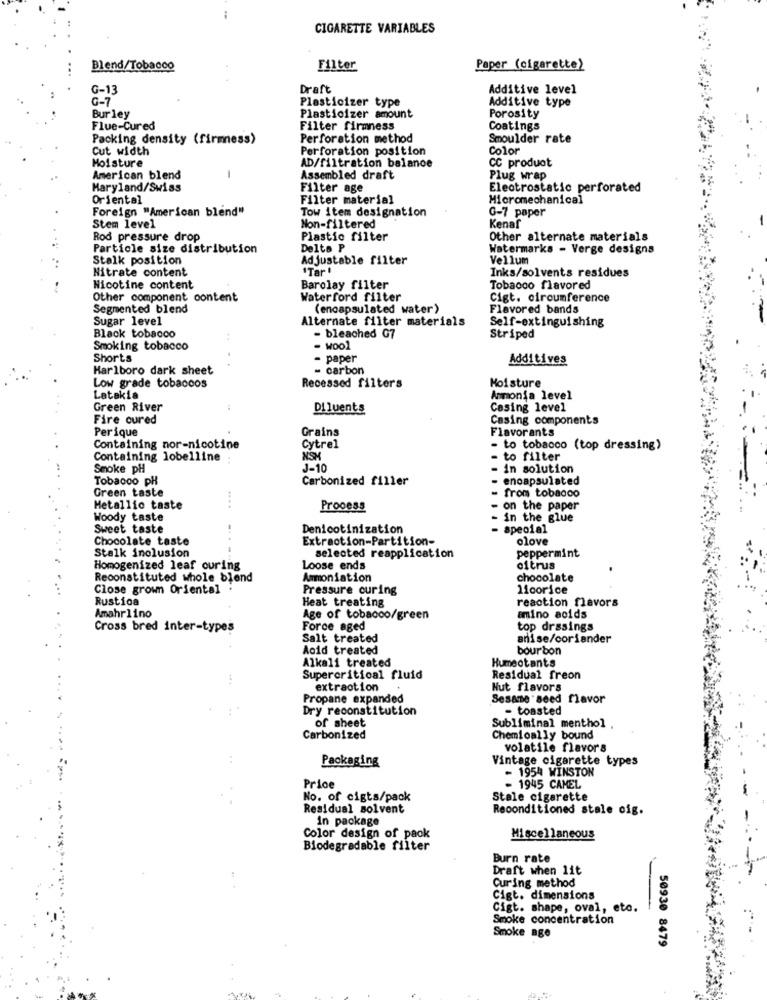
CIGARETTE VARIABLES
Blend/Tobacco
Filter
Paper (cigarette)
G-13
Draft
Additive level
G-7
Additive type
Plasticizer type
Bur ley
Plasticizer amount
Porosity
Flue-Cured
Filter firmness
Coatings
Packing density (firmness)
Perforation method
Smoulder rate
Cut width
Perforation position
Color
Moisture
AD/filtration balance
CC produot
American blend
-
Assembled draft
Plug wrap
Maryland/Swiss
Filter age
Electrostatic perforated
Oriental
Filter material
Micromechanical
Foreign "American blend"
Tow item designation
G-7 paper
Kenar
Stem level
Non-filtered
Rod pressure drop
Plastic filter
Other alternate materials
Particle size distribution
Delta P
Watermarks - Verge designs
Stalk position
Adjustable filter
Vel lum
Nitrate content
"Tar"
Inks/solvents residues
Nicotine content
Barolay filter
Tobacco flavored
Other component content
Waterford filter
Cigt. circumference
Segmented blend
(encapsulated water)
Flavored bands
Sugar level
Alternate filter materials
- bleached G7
Self-extinguishing
Black tobacco
Striped
Smoking tobacco
- Wool
Shorts
- paper
Additives
Marlboro dark sheet
- carbon
Low grade tobaccos
Recessed filters
Moisture
Latakia
Ammonia level
Green River
Di luents
Casing level
Fire cured
Casing components
Perique
Grains
Flavorants
Containing nor-nicotine
Cytrel
- to tobacco (top dressing)
Containing lobelline
- to filter
Smoke pH
J-10
- in solution
Tobacco pH
Carbonized filler
encapsulated
Green taste
- from tobadoo
Metallic taste
....
Process
on the paper
Woody taste
in the glue
Sweet taste
Denicotinization
special
Chocolate taste
Extraction-Partition-
olove
Stalk inclusion
....
selected reapplication
peppermint
Homogenized leaf ouring
Loose ends
citrus
Reconstituted whole blend
Ammoniation
chocolate
Close grown Oriental :
Pressure curing
licorice
Rustica
Heat treating
reaction flavors
Amahrlino
Age of tobacco/green
amino acids
Cross bred inter-types
Force aged
top drssings
Salt treated
anise/coriander
Acid treated
bourbon
Alkali treated
Humectants
.. +
Supercritical fluid
Residual freon
extraction
Nut flavors
Propane expanded
Sesame seed flavor
Dry reconstitution
- toasted
of sheet
Subliminal menthol
Carbonized
Chemioally bound
volatile flavors
Packaging
Vintage cigarette types
- 1954 WINSTON
Price
- 1945 CAMEL
No. of cigts/pack
Stale cigarette
Residual solvent
Reconditioned stale oig.
in package
Color design of pack
Miscellaneous
Biodegradable filter
Burn rate
Draft when lit
Curing method
Cigt. dimensions
Cigt. shape, oval, etc.
Smoke concentration
Smoke age
50930 8479